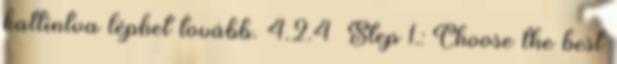
kattintva léphet tovább. 4.2.4 Step 1.: Choose the best